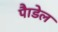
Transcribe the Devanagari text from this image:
पैाडेल